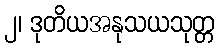
၂၊ ဒုတိယအနုသယသုတ္တ